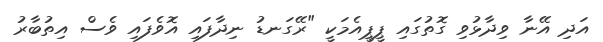
އަދި އޭނާ ވިދާޅުވި ގޮތުގައި ޕީޕީއެމަކީ "ރޭގަނޑު ނިދާފައި އޮވެފައި ވެސް އިތުބާރު